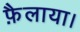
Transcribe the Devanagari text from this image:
फ़ैलाया।